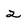
Character: 2